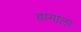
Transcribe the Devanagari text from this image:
डागाला